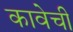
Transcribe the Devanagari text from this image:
कावेची